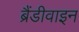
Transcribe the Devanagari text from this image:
ब्रैंडीवाइन